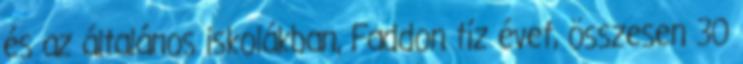
és az általános iskolákban, Faddon tíz évet, összesen 30